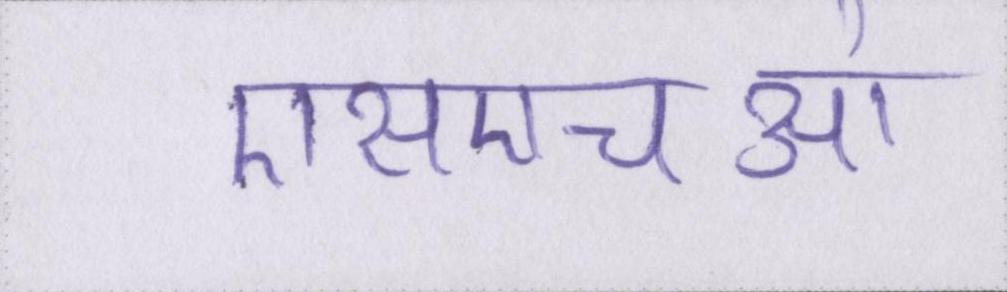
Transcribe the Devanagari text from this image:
एसएचओ